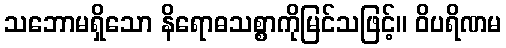
သဘောမရှိသော နိရောဓသစ္စာကိုမြင်သဖြင့်။ ဝိပရိဏမ